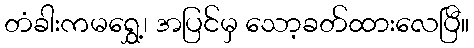
တံခါးကမရွှေ့၊ အပြင်မှ သော့ခတ်ထားလေပြီ။